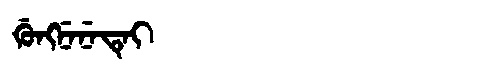
Manchu: ᡤᡠᠩᠨᡝᠨᡝᡨᡝᡳ
Romanization: GUNGNENETEI